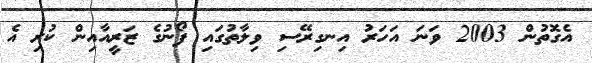
އެގޮތުން 2003 ވަނަ އަހަރު އިނގިރޭސި ވިލާތުގައި ފޯނުގެ ޒަރީއާއިން ކުރި އެ